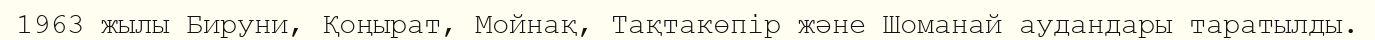
1963 жылы Бируни, Қоңырат, Мойнақ, Тақтакөпір және Шоманай аудандары таратылды.